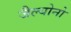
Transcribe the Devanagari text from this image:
जैल्योनो